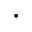
\cdot